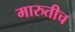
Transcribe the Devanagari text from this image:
मारुतीच